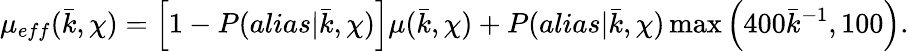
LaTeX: \mu_{eff}(\bar{k},\chi)=\left[1-P(alias|\bar{k},\chi)\right]\mu(\bar{k},\chi)+P(alias|\bar{k},\chi)\operatorname*{max}\left(400\bar{k}^{-1},100\right).